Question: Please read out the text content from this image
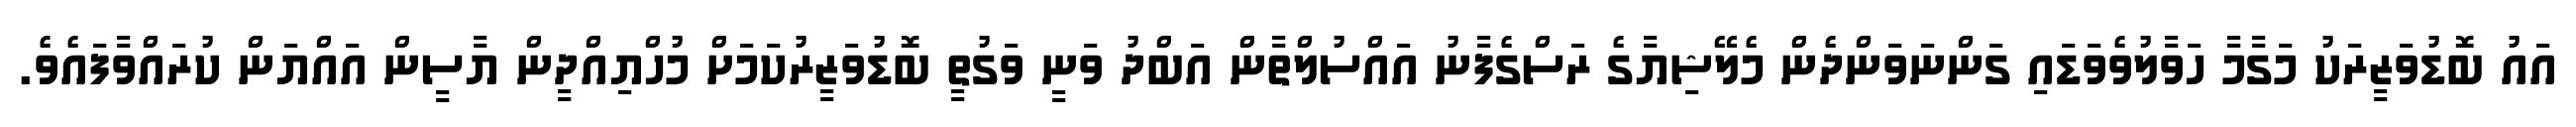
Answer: އައު ބޮޑުވަޒީރަކު މަގާމާ ހަވާލުވެވަޑައި ގަންނަވަންދެން މެލޭޝިޔާގެ ރަސްގެފާނު އައްސުލްތާން އަބްދު ވަނީ ވަގުތީ ބޮޑުވަޒީރުކަމަށް މުހްޔިއްދީން ޔާސީން އައްޔަން ކުރައްވާފައެވެ.